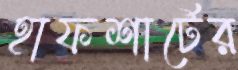
হাফশার্টের